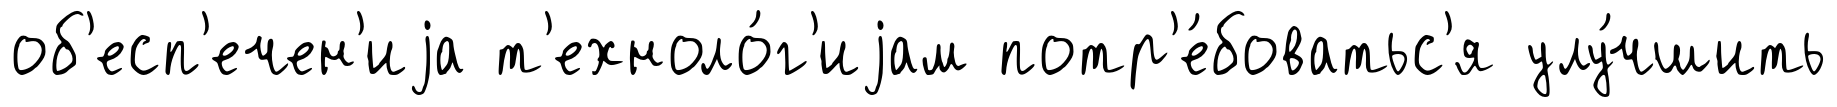
об'есп'ечен'иjа т'ехноло́г'иjам потр'е́боватьс'я улу́чшить